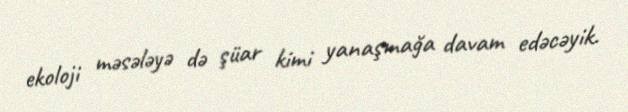
ekoloji məsələyə də şüar kimi yanaşmağa davam edəcəyik.